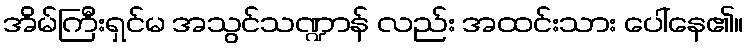
အိမ်ကြီးရှင်မ အသွင်သဏ္ဍာန် လည်း အထင်းသား ပေါ်နေ၏။